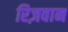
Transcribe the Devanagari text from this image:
रिज़वान